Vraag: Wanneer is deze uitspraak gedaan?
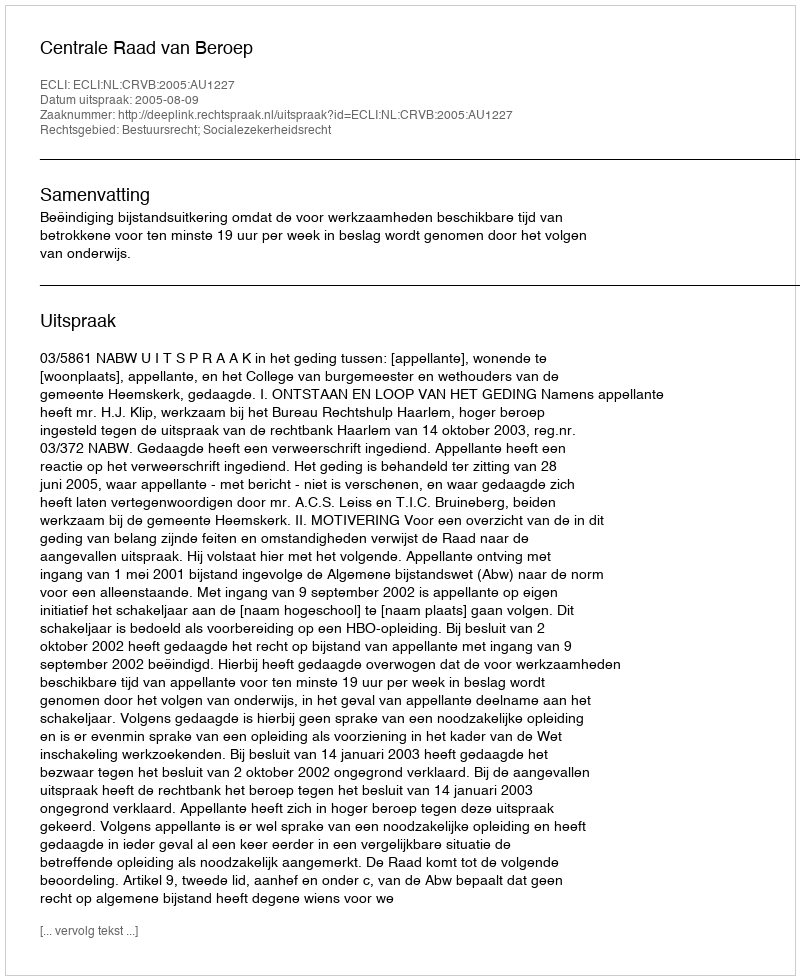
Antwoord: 2005-08-09